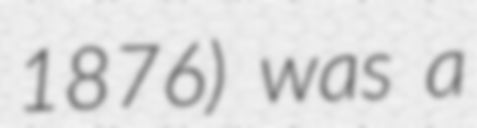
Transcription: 1876) was a